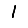
Digit: 1